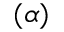
( \alpha )